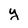
Character: y